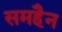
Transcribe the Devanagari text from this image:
समहैन